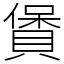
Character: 賲